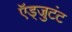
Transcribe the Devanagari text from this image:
ऍड्जुटंट